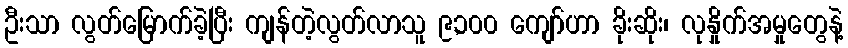
ဦးသာ လွတ်မြောက်ခဲ့ပြီး ကျန်တဲ့လွတ်လာသူ ၉,၁၀၀ ကျော်ဟာ ခိုးဆိုး၊ လုနှိုက်အမှုတွေနဲ့